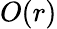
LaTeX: O(r)